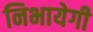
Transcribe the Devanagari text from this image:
निभायेगी